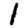
Digit: 1